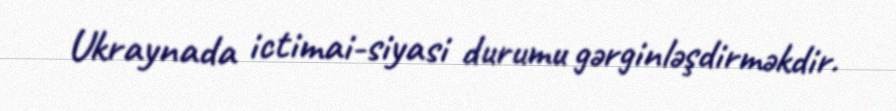
Ukraynada ictimai-siyasi durumu gərginləşdirməkdir.